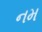
નમ